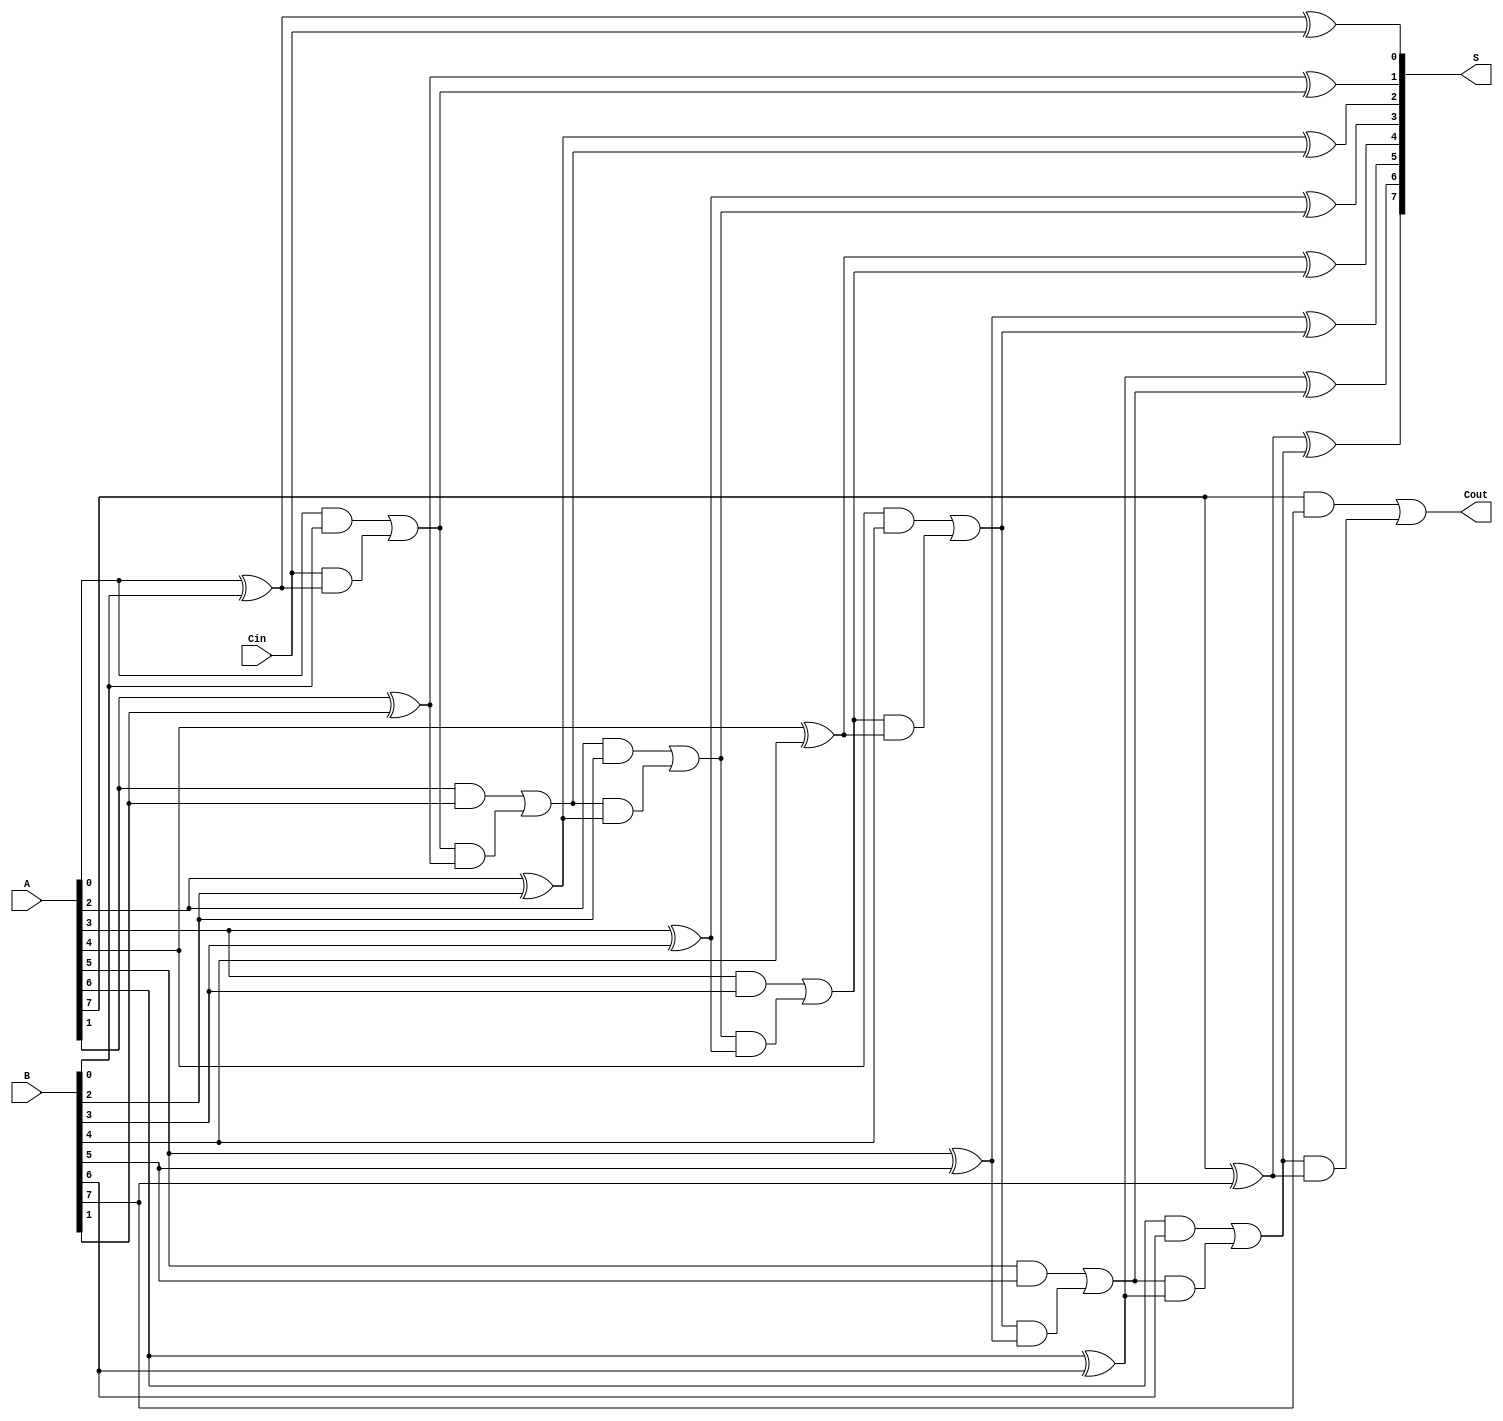
module ManchesterCarryChainAdder #(parameter n = 8) (
    input  wire [n-1:0] A,      // First n-bit input
    input  wire [n-1:0] B,      // Second n-bit input
    input  wire Cin,             // Carry-in signal
    output wire [n-1:0] S,       // n-bit sum output
    output wire Cout             // Carry-out signal
);

    wire [n:0] C; // Carry signals (C[0] is the carry-in, C[n] is the carry-out)

    // Assign the initial carry-in
    assign C[0] = Cin;

    // Generate carry and sum for each bit
    genvar i;
    generate
        for (i = 0; i < n; i = i + 1) begin : full_adder
            // Carry generation
            assign C[i+1] = (A[i] & B[i]) | (C[i] & (A[i] ^ B[i]));
            // Sum calculation
            assign S[i] = A[i] ^ B[i] ^ C[i];
        end
    endgenerate

    // Assign the final carry-out
    assign Cout = C[n];

endmodule